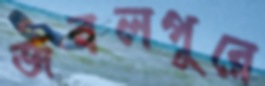
জবলপুরে